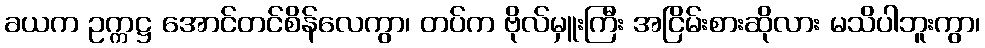
ခယက ဥက္ကဋ္ဌ အောင်တင်စိန်လေကွာ၊ တပ်က ဗိုလ်မှူးကြီး အငြိမ်းစားဆိုလား မသိပါဘူးကွာ၊